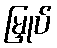
မြှုပ်